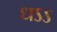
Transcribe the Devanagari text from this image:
धऽऽ